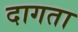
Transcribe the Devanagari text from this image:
दागता